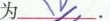
值为\underline{&}.